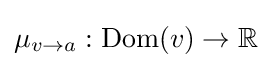
\mu _{v\to a}:\operatorname {Dom} (v)\to \mathbb {R}